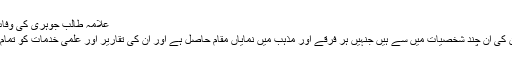
علامہ طالب جوہری کی وفات ناقابل تلافی نقصان ہے، علامہ امین شہیدی
انہوں نے کہا کہ علامہ طالب جوہری پاکستان کی ان چند شخصیات میں سے ہیں جنہیں ہر فرقے اور مذہب میں نمایاں مقام حاصل ہے اور ان کی تقاریر اور علمی خدمات کو تمام مسالک میں قدر کی نگاہ سے دیکھا جاتا ہے۔